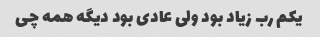
یکم رب زیاد بود ولی عادی بود دیگه همه چی